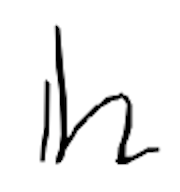
Text: in
Cross-out: clean
Writing tool: digital_black